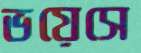
ভয়েসে